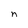
Character: n